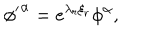
{ \phi ^ { \prime } } ^ { \alpha } = e ^ { { \lambda } _ { r } { \xi } _ { r } } { \phi } ^ { \alpha } ,